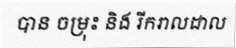
បាន ចម្រុះ និង រីករាលដាល